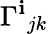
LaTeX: \Gamma^{\mathbf{i}}{}_{jk}